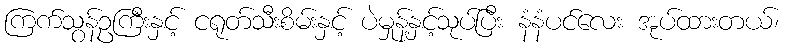
ကြက်သွန်ဥကြီးနှင့် ငရုတ်သီးစိမ်းနှင့် ပဲမှုန့်နှင့်သုပ်ပြီး နံနံပင်လေး အုပ်ထားတယ်၊